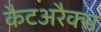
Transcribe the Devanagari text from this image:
कैटअरैक्स